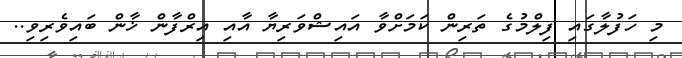
މި ހަފުލާގައި ފިލްމުގެ ތަރިން ކަމަށްވާ އައިޝްވަރިޔާ އާއި އިރްފާން ޚާން ބައިވެރިވި..